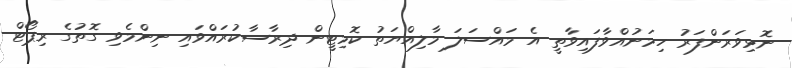
ނޮޅިވަރަންފަރު ހިމަނުއްވާފައިވާތީ އެ މައްސަލަ މާލިއްޔަތު ކޮމިޓީން ދިރާސާކުރައްވައި ނިންމެވި ގޮތުގެ ރިޕޯޓް